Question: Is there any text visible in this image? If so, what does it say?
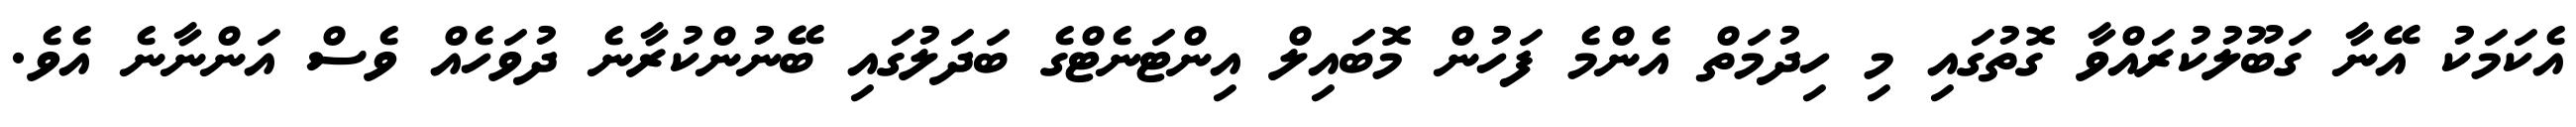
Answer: އެކަމަކު އޭނާ ގަބޫލުކުރައްވާ ގޮތުގައި މި ހިދުމަތް އެންމެ ފަހުން މޮބައިލް އިންޓަނެޓްގެ ބަދަލުގައި ބޭނުންކުރާނެ ދުވަހެއް ވެސް އަންނާނެ އެވެ.